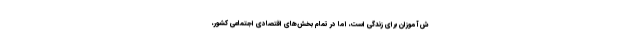
ش‌آموزان برای زندگی است، اما در تمام بخش‌های اقتصادی اجتماعی کشور،